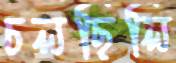
চলছিলি